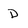
Character: D